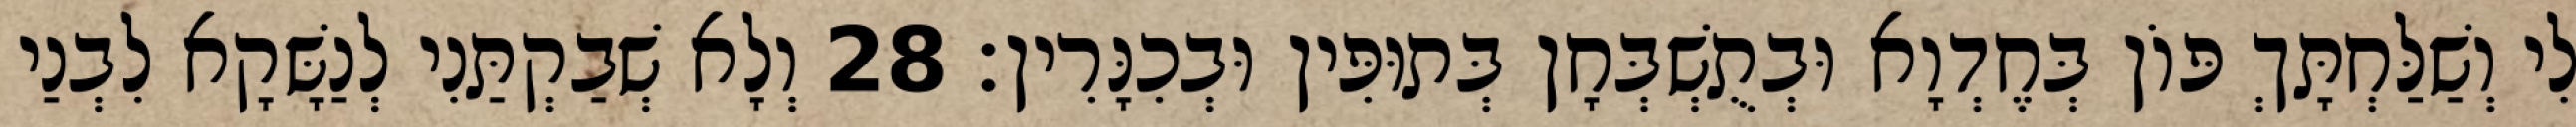
לִי וְשַׁלַּחְתָּךְ פּוֹן בְּחֶדְוָא וּבְתֻשְׁבְּחָן בְּתוּפִּין וּבְכִנָּרִין׃ 28 וְלָא שְׁבַקְתַּנִי לְנַשָּׁקָא לִבְנַי